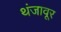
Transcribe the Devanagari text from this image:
थंजावूर